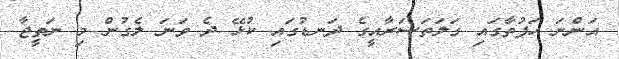
އަންނަ ހަފުތާގައި ގަލަތަސަރާއީގެ ދަނޑުގައި ކުޅޭ ދެ ވަނަ ލެގުން މި ނަތީޖާ